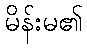
မိန်းမ၏